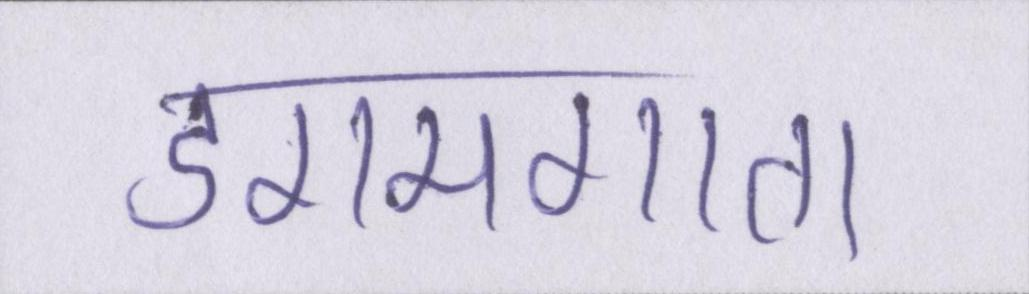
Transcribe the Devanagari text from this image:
डगमगाता